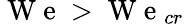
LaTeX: \mathrm{~W~e~}>\mathrm{~W~e~}_{cr}